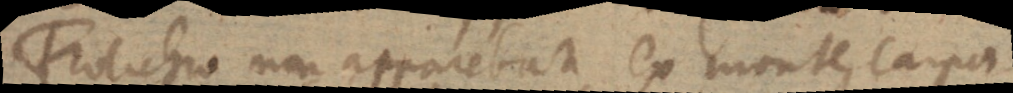
Frolichio non apparebat ex monte Carpa-